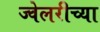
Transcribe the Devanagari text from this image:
ज्वेलरीच्या